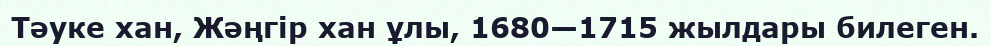
Тәуке хан, Жәңгір хан ұлы, 1680—1715 жылдары билеген.